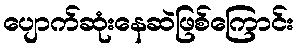
ပျောက်ဆုံးနေဆဲဖြစ်ကြောင်း